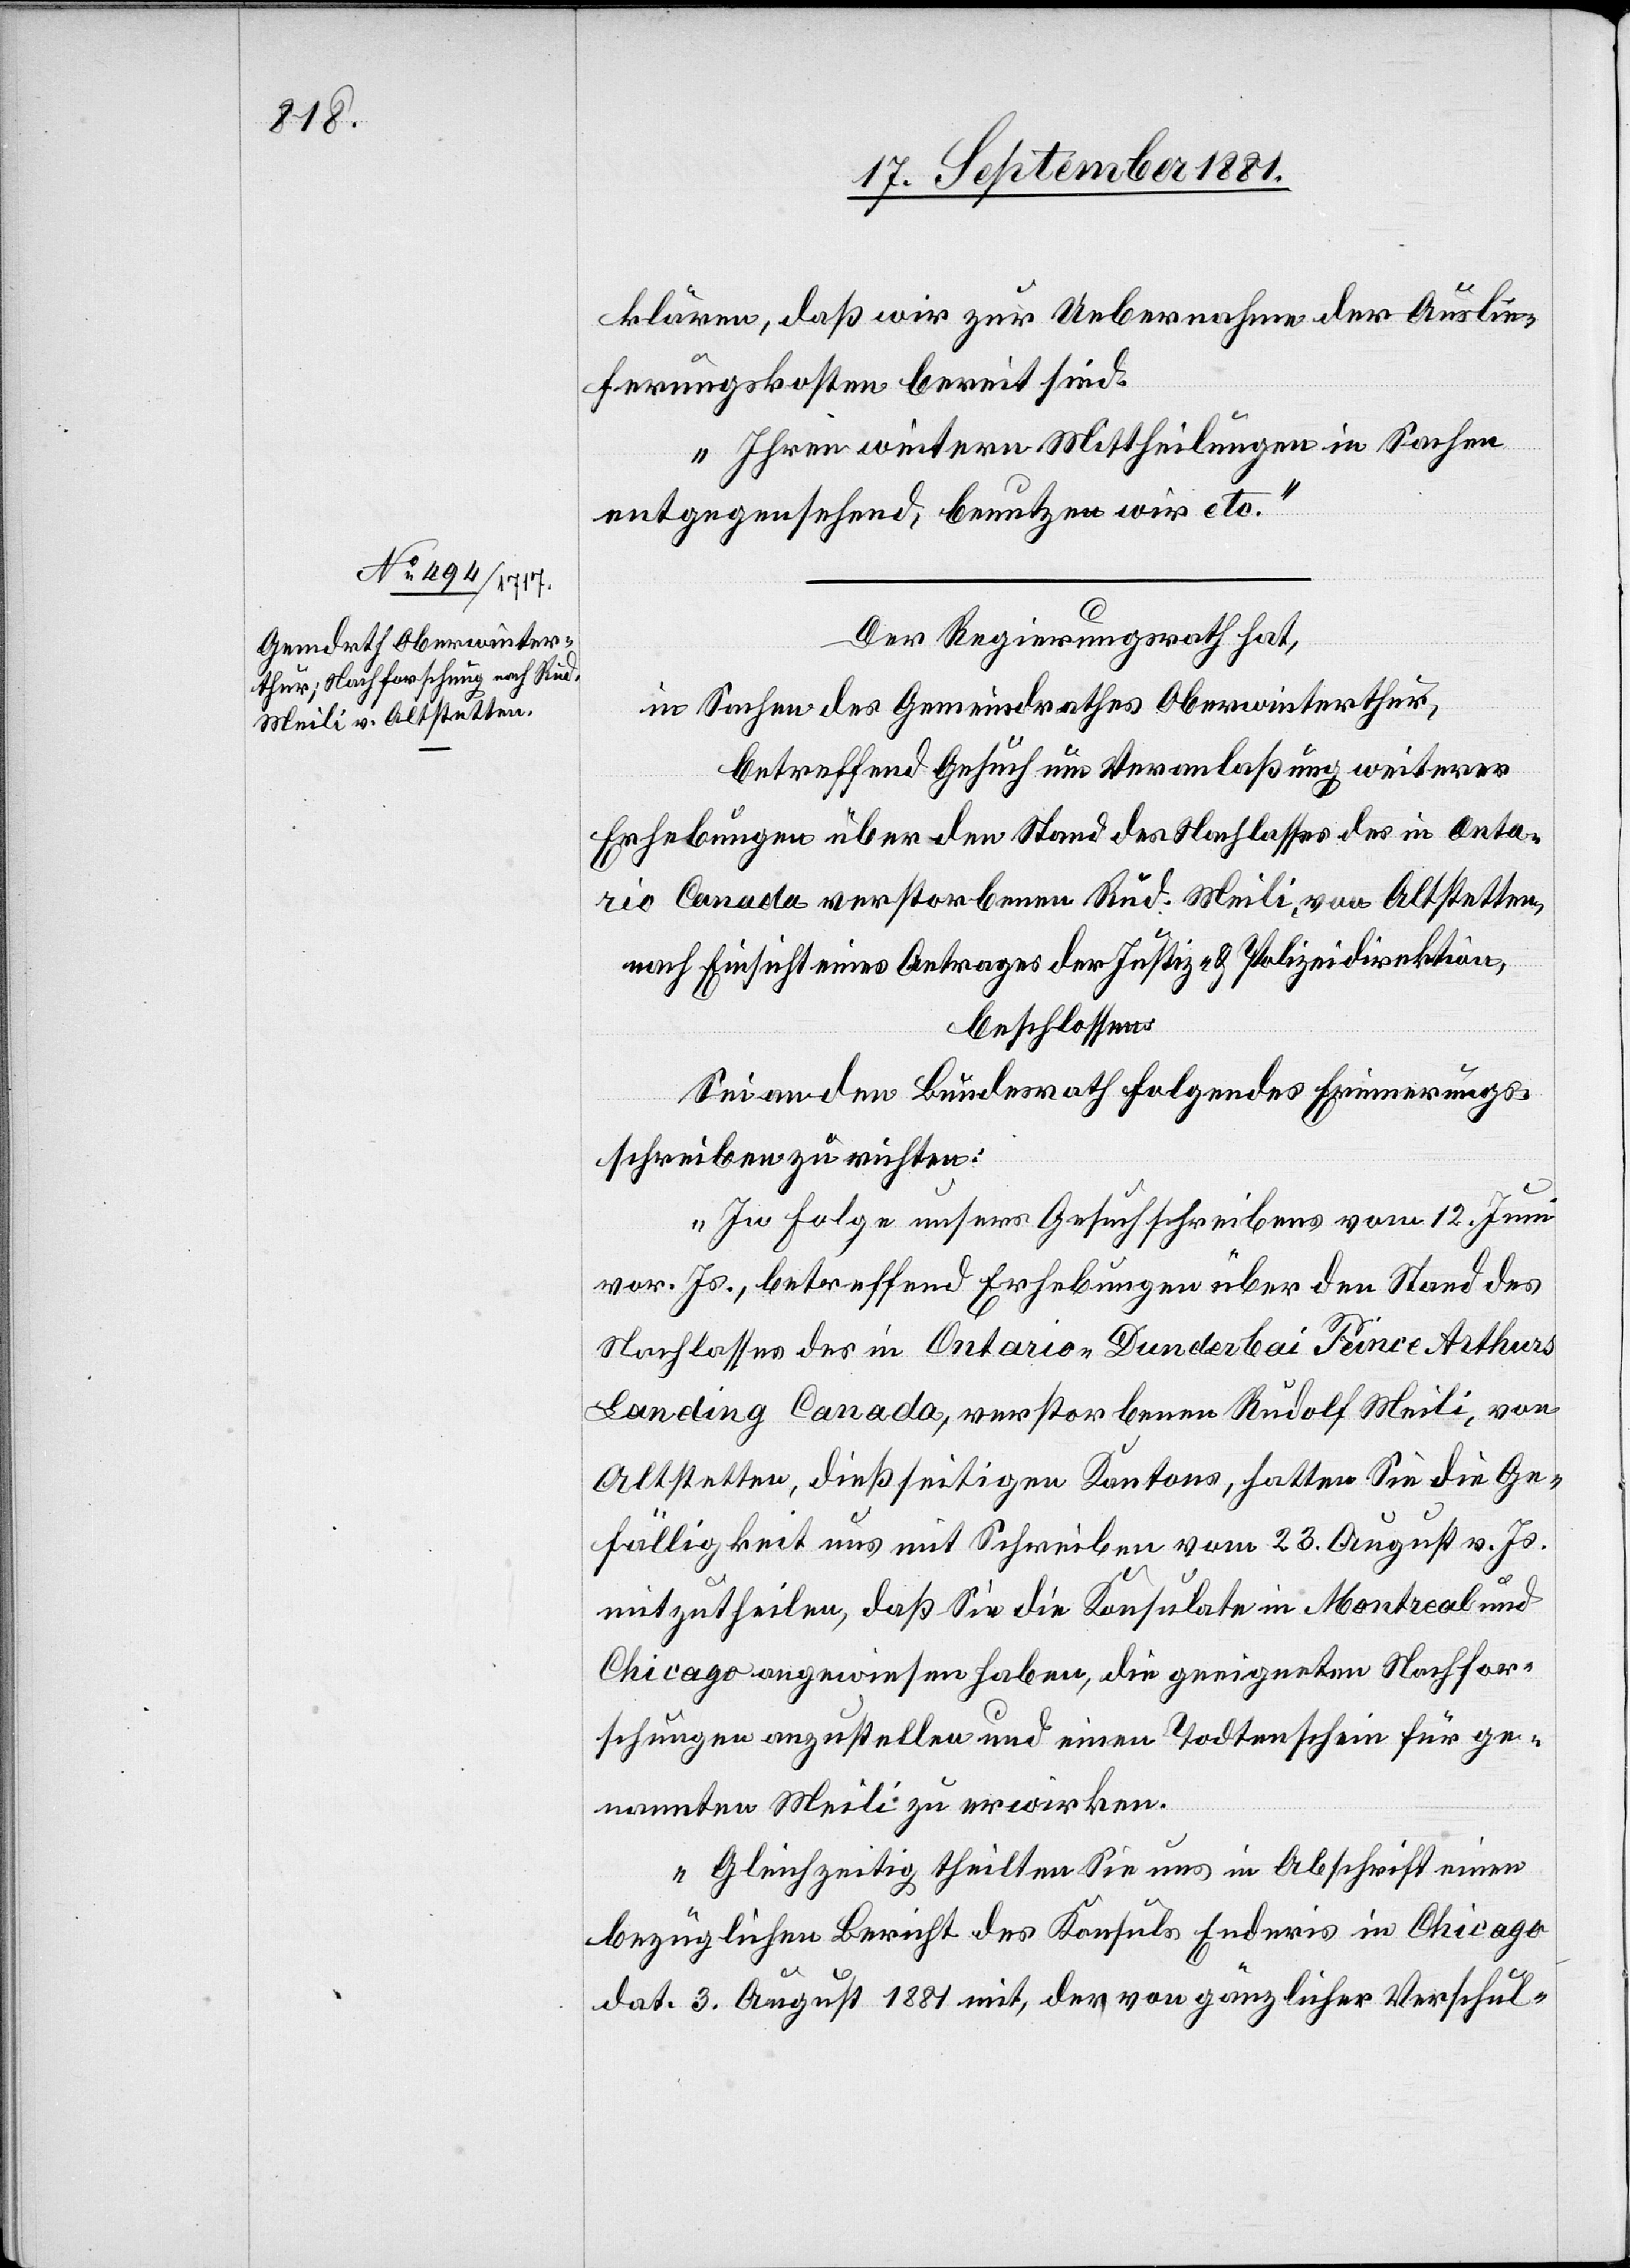
klären, daß wir zur Uebernahme der Auslie¬
ferungskosten bereit sind.
Ihren weitern Mittheilungen in Sachen
entgegensehend, benutzen wir etc.“
Der Regierungsrath hat,
in Sachen des Gemeindrathes Oberwinterthur,
betreffend Gesuch um Veranlaßung weiterer
Erhebungen über den Stand des Nachlasses des in Ontar¬
io Canada verstorbenen Rud. Meili von Altstetten,
nach Einsicht eines Antrages der Justiz- & Polizeidirektion,
beschlossen:
Sei an den Bundesrath folgendes Erinnerungs¬
schreiben zu richten:
„In Folge unsers Gesuchschreibens vom 12. Juni
vor. Js., betreffend Erhebungen über den Stand des
Nachlasses des in Ontario-Dunderbai Prince Arthurs
Landing Canada, verstorbenen Rudolf Meili, von
Altstetten, dießseitigen Kantons, hatten Sie die Ge¬
fälligkeit uns mit Schreiben vom 23. August v. Js.
mitzutheilen, daß Sie die Konsulate in Montreal und
Chicago angewiesen haben, die geeigneten Nachfor¬
schungen anzustellen und einen Todtenschein für ge¬
nannten Meili zu erwirken.
Gleichzeitig theilten Sie uns in Abschrift einen
bezüglichen Bericht des Konsuls Eneris in Chicago
dat. 3. August 1881 mit, der von gänzlicher Verschul-